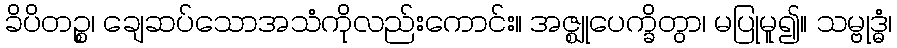
ခိပိတဉ္စ၊ ချေဆပ်သောအသံကိုလည်းကောင်း။ အဇ္ဈုပေက္ခိတွာ၊ မပြုမူ၍။ သမ္ဗုဒ္ဓံ၊